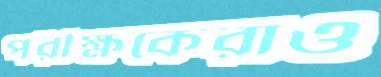
পরীক্ষকেরাও